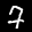
Label: 7